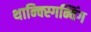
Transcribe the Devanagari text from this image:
थान्क्स्गिन्विंग